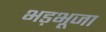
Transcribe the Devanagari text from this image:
भड़भूजा